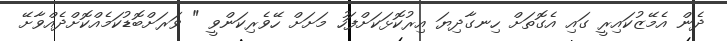
ދެން އެމޭޒުކައިރީ ގައި އެގޮތަށް ހިނގާދިޔަ އިރުކޮޅަކަށްފަހު މަށަށް ހޭވެރިކަންވީ " ވަރަށްބޮޑުކަމެއްކޮށްދެއްވާށޭ